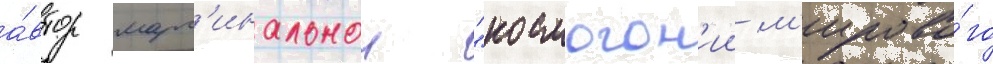
а́втор марг'инальнои "космогон'ии м'ирово́го